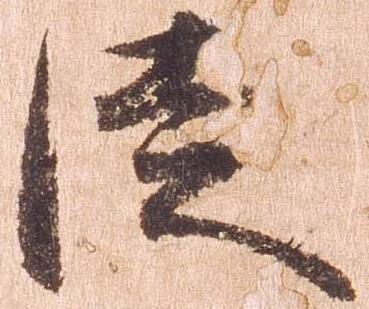
徒